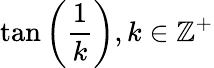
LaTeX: \tan\left({\frac{1}{k}}\right),k\in\mathbb{Z}^{+}